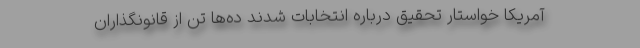
آمریکا خواستار تحقیق درباره انتخابات شدند ده‌ها تن از قانونگذاران